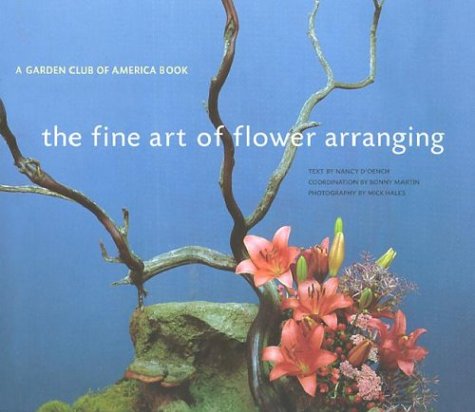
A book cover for The Fine Art of Flower Arranging: A Garden Club of America Book; Nancy D'Oench; Crafts, Hobbies & Home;